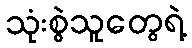
သုံးစွဲသူတွေရဲ့